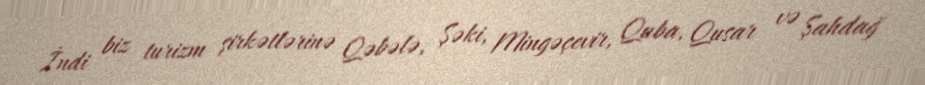
İndi biz turizm şirkətlərinə Qəbələ, Şəki, Mingəçevir, Quba, Qusar və Şahdağ